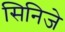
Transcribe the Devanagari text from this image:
सिनिजे